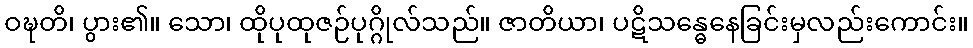
ဝဍ္ဎတိ၊ ပွား၏။ သော၊ ထိုပုထုဇဉ်ပုဂ္ဂိုလ်သည်။ ဇာတိယာ၊ ပဋိသန္ဓေနေခြင်းမှလည်းကောင်း။